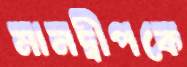
মানদ্বীপকে